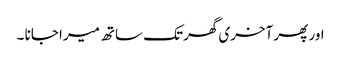
اور پھر آخری گھر تک ساتھ میرا جانا ۔